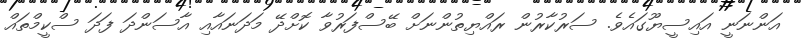
އަންނަނީ އައިސީޔޫގައެވެ. ސަރުކާރުން ރައްޔިތުންނަށް ބޭސްފަރުވާ ކޮށްދޭ މަދަނައާއި އާސަންދަ ފަދަ ސްކީމްތައް